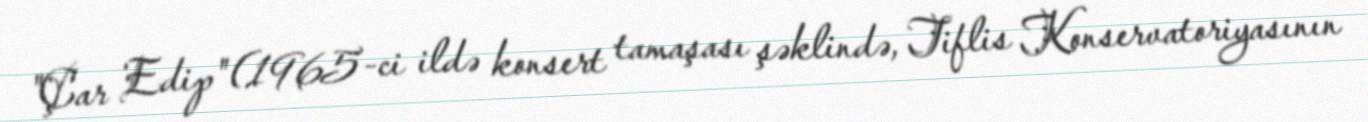
"Çar Edip" (1965-ci ildə konsert tamaşası şəklində, Tiflis Konservatoriyasının